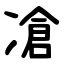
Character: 凔